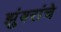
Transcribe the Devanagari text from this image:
झुंबरांचे